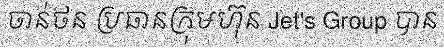
ចាន់ថន ប្រធានក្រុមហ៊ុន Jet's Group បាន